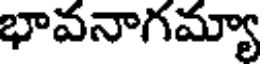
భావనాగమ్యా